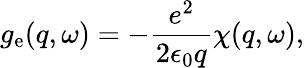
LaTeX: g_{\mathrm{e}}(q,\omega)=-\frac{e^{2}}{2\epsilon_{0}q}\chi(q,\omega),